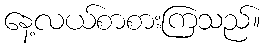
နေ့လယ်စာစားကြသည်။